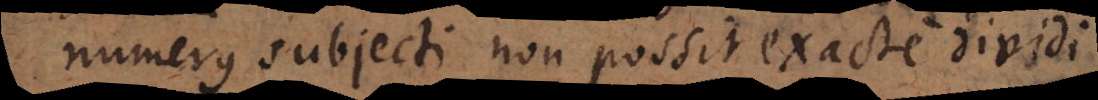
numerus subjecti non possit exacte dividi